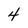
Character: 4